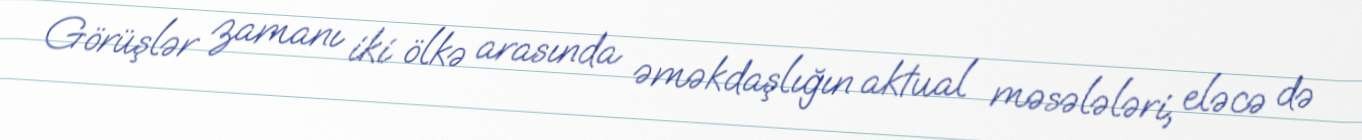
Görüşlər zamanı iki ölkə arasında əməkdaşlığın aktual məsələləri, eləcə də